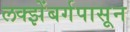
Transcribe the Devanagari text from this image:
लक्झेंबर्गपासून